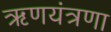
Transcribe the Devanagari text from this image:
ऋणयंत्रणा